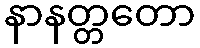
နာနတ္တတော